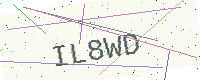
Text: IL8WD